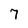
Character: 7